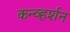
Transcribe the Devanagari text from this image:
कन्व्हर्शन